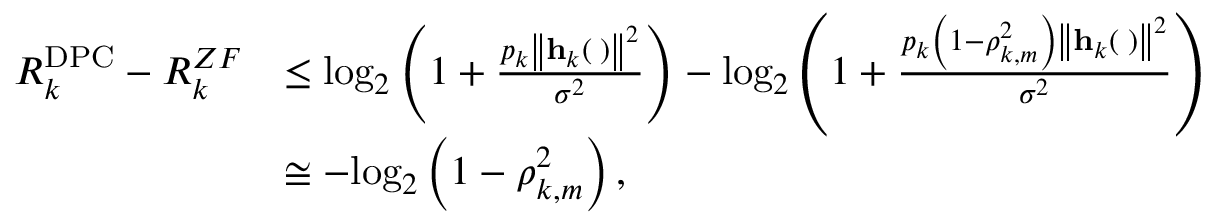
\begin{array} { r l } { R _ { k } ^ { \mathrm { { D P C } } } - R _ { k } ^ { Z F } } & { \le { \log _ { 2 } } \left( { 1 + \frac { { { p _ { k } } { { \left\| { { { \bf { h } } _ { k } } \left( { \bf { \Theta } } \right) } \right\| } ^ { 2 } } } } { { { \sigma ^ { 2 } } } } } \right) - { \log _ { 2 } } \left( { 1 + \frac { { { p _ { k } } \left( { 1 - \rho _ { k , m } ^ { 2 } } \right) { { \left\| { { { \bf { h } } _ { k } } \left( { \bf { \Theta } } \right) } \right\| } ^ { 2 } } } } { { { \sigma ^ { 2 } } } } } \right) } \\ & { \cong - { \log _ { 2 } } \left( { 1 - \rho _ { k , m } ^ { 2 } } \right) , } \end{array}